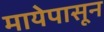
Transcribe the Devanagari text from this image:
मायेपासून